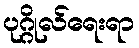
ပုဂ္ဂိုလ်ရေးရာ